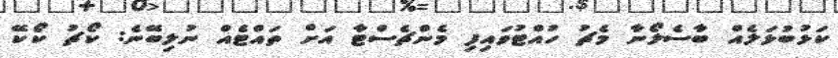
ކަޅުބުޅަލެއް ބާސެލޯނާ މެޗު ހުއްޓުވައިފި މެންޗެސްޓާ އަށް ތައްޓެއް ނުލިބޭނެ: ކޯޗު ކޯކޭ